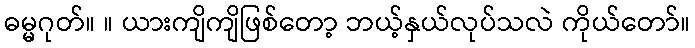
ဓမ္မဂုတ်။ ။ ယားကျိကျိဖြစ်တော့ ဘယ့်နှယ်လုပ်သလဲ ကိုယ်တော်။